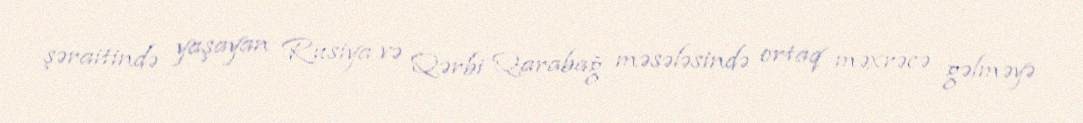
şəraitində yaşayan Rusiya və Qərbi Qarabağ məsələsində ortaq məxrəcə gəlməyə